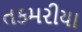
તકમરીયા